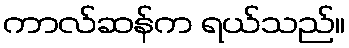
ကာလ်ဆန်က ရယ်သည်။